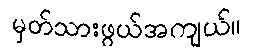
မှတ်သားဖွယ်အကျယ်။